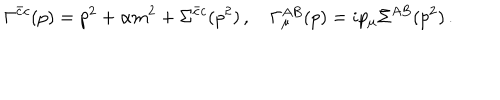
\Gamma ^ { \bar { c } c } ( p ) = p ^ { 2 } + \alpha m ^ { 2 } + \Sigma ^ { \bar { c } c } ( p ^ { 2 } ) \, , \quad \Gamma _ { \mu } ^ { A B } ( p ) = i p _ { \mu } \Sigma ^ { A B } ( p ^ { 2 } ) \, .